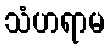
သံဟရာမ